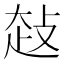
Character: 𰋤